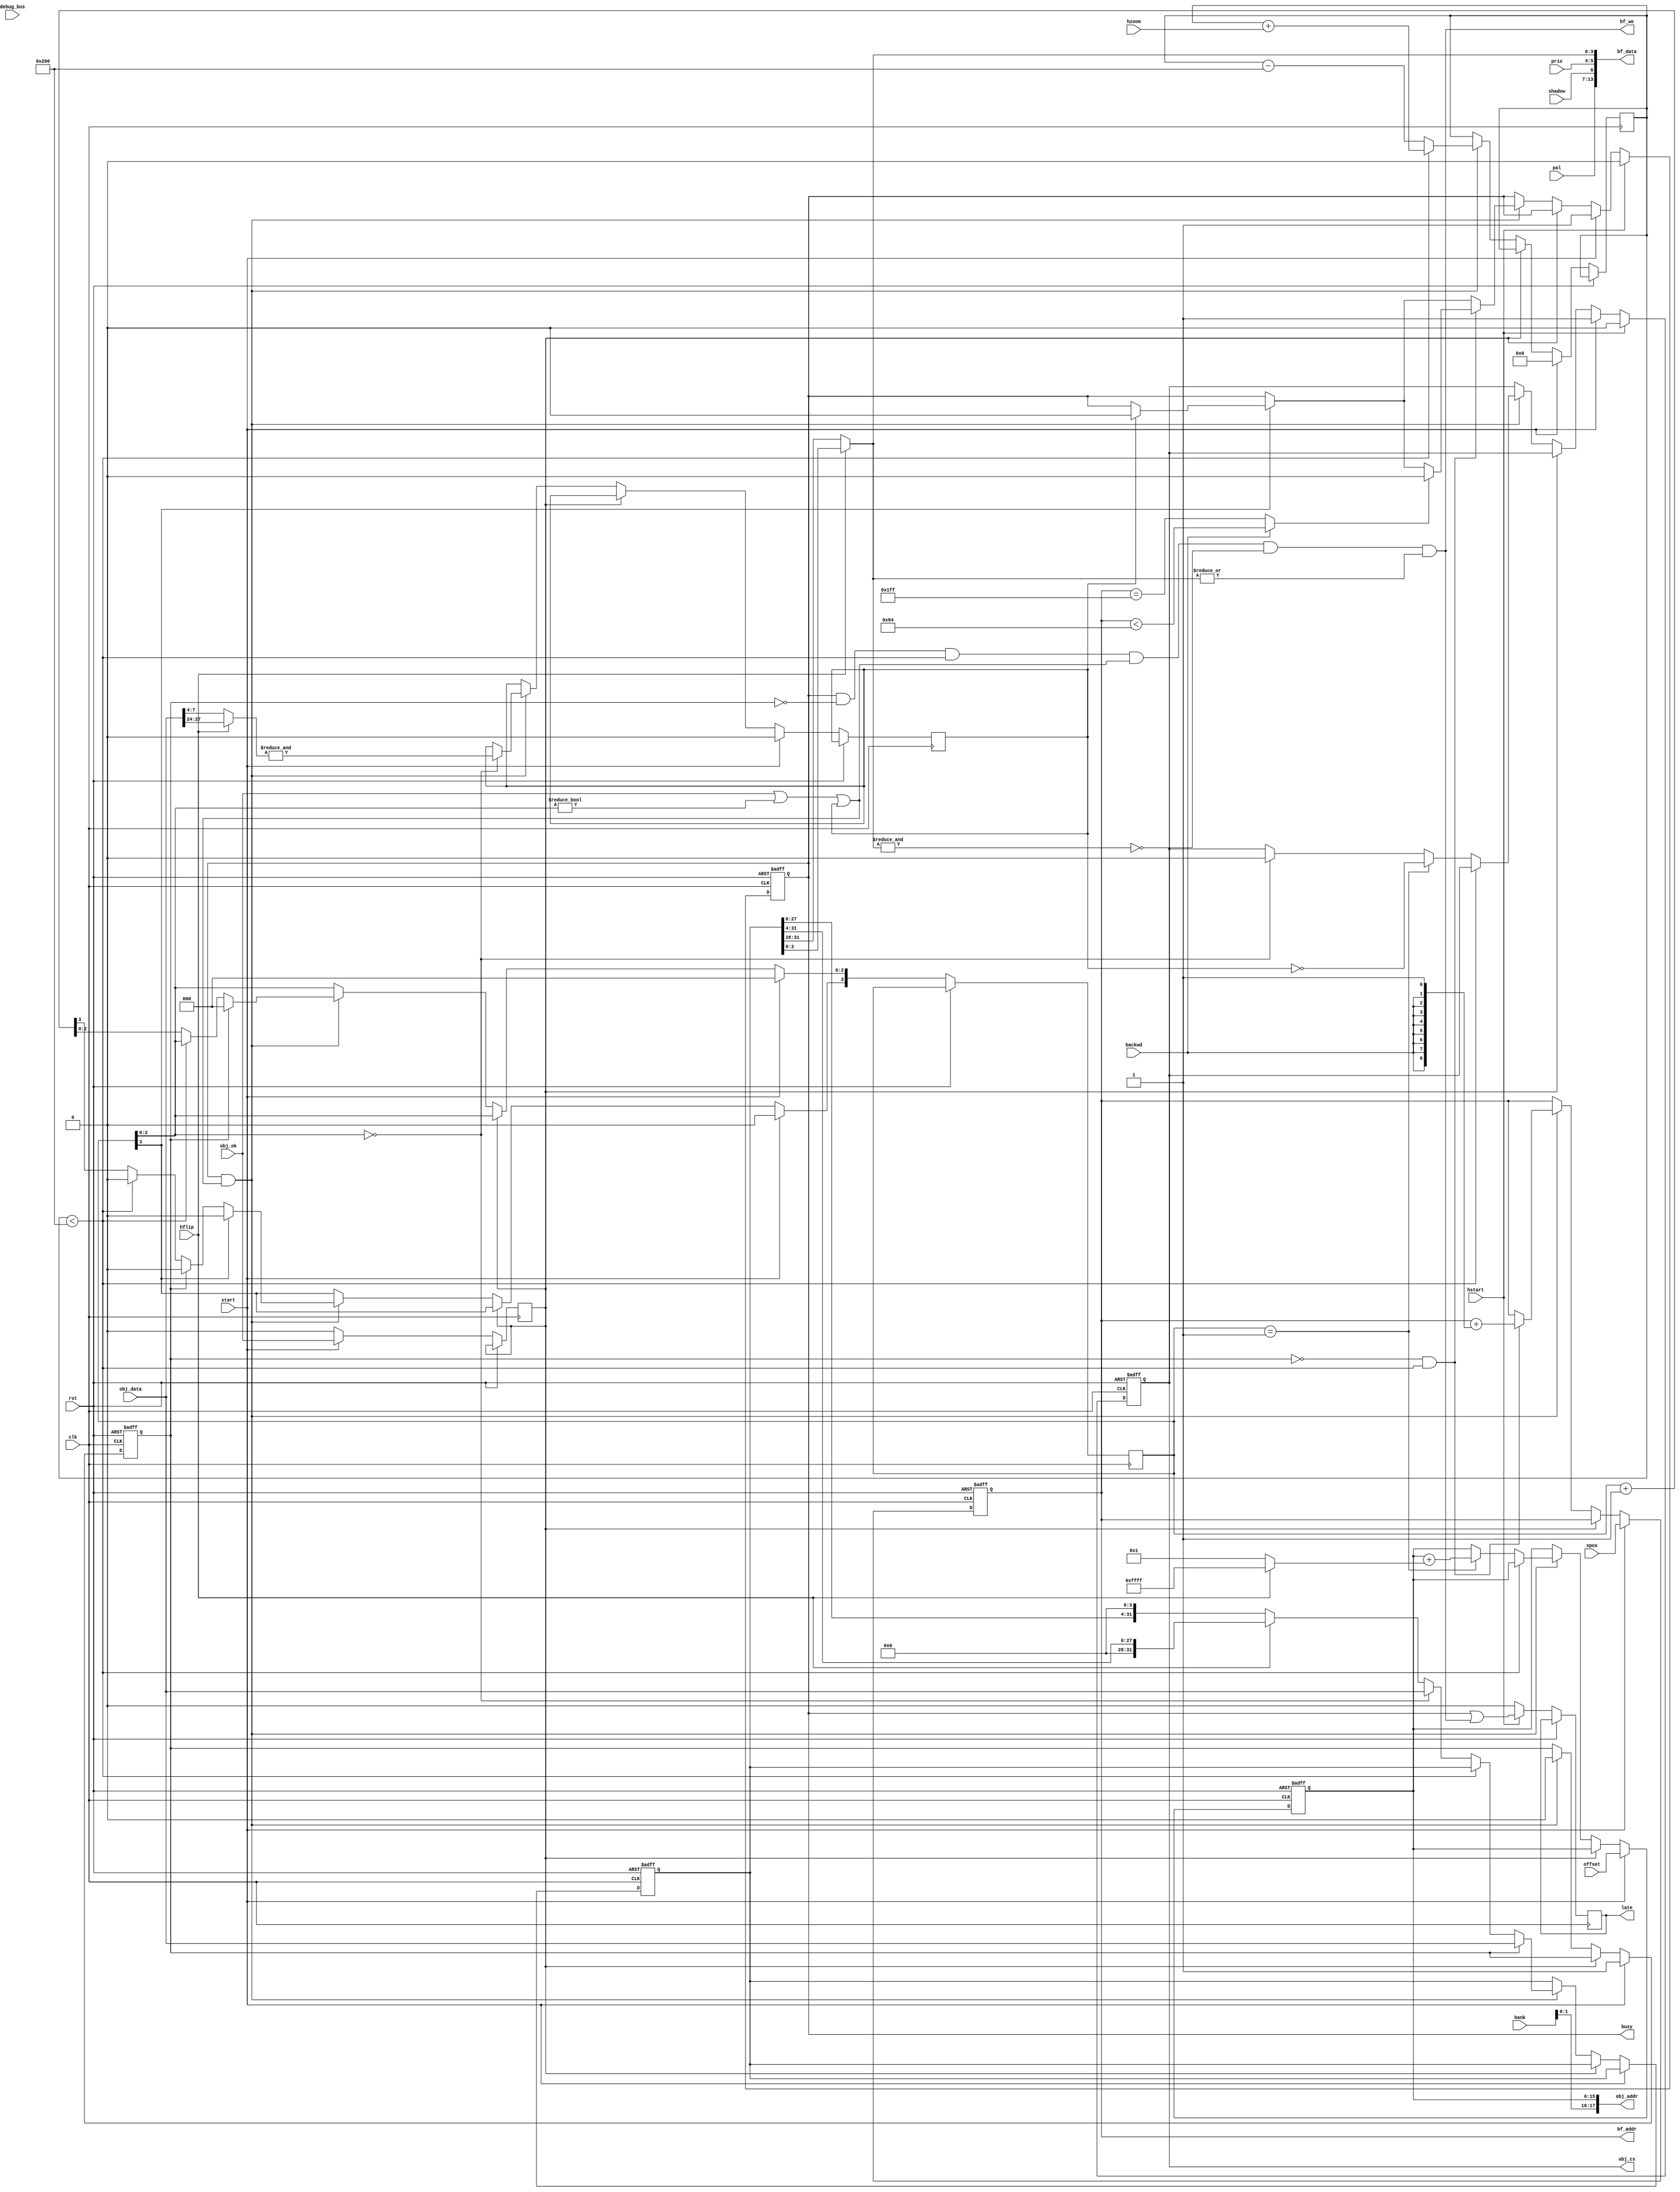
// This program was cloned from: https://github.com/jotego/jtcores
// License: GNU General Public License v3.0

/*  This file is part of JTCORES.
    JTCORES program is free software: you can redistribute it and/or modify
    it under the terms of the GNU General Public License as published by
    the Free Software Foundation, either version 3 of the License, or
    (at your option) any later version.

    JTCORES program is distributed in the hope that it will be useful,
    but WITHOUT ANY WARRANTY; without even the implied warranty of
    MERCHANTABILITY or FITNESS FOR A PARTICULAR PURPOSE.  See the
    GNU General Public License for more details.

    You should have received a copy of the GNU General Public License
    along with JTCORES.  If not, see <http://www.gnu.org/licenses/>.

    Author: Jose Tejada Gomez. Twitter: @topapate
    Version: 1.0
    Date: 15-10-2022 */

module jtoutrun_obj_draw(
    input              rst,
    input              clk,
    input              hstart,
    // From scan
    input              start,
    output reg         busy,
    input      [ 8:0]  xpos,
    input      [15:0]  offset,  // MSB is also used as the flip bit
    input      [ 2:0]  bank,
    input      [ 1:0]  prio,
    input              shadow,
    input      [ 6:0]  pal,
    input      [ 9:0]  hzoom,
    input              hflip,
    input              backwd,

    // SDRAM interface
    input              obj_ok,
    output reg         obj_cs,
    output     [19:2]  obj_addr, // All games have 1MB max ROM for objects
    input      [31:0]  obj_data,

    // Buffer
    output     [13:0]  bf_data,
    output             bf_we,
    output reg [ 8:0]  bf_addr,

    input      [ 7:0]  debug_bus,
    output reg         late
);

reg  [31:0] pxl_data;
reg  [15:0] cur;
reg  [ 3:0] cnt;
reg         first, halted, last_data;
wire [ 3:0] cur_pxl; // , nxt_pxl;
reg  [12:0] hzacc, nx_hzacc;
reg         count_up, draw;
wire        data_ok;

assign cur_pxl  = hflip ? pxl_data[3:0] : pxl_data[31-:4];
// assign nxt_pxl  = hflip ? pxl_data[7:4] : pxl_data[(31-4)-:4];
assign obj_addr = { bank[1:0], cur };
assign bf_data  = { pal, shadow, prio, cur_pxl }; // 14 bits,

assign bf_we   = busy & ~first & draw & data_ok & ~&cur_pxl // color 15 used to set sprite limits
    & (|cur_pxl); // color 0 used as transparent
assign data_ok = obj_ok || cnt[2:0]!=0 || last_data;

// Sprite scaling
always @(hzacc,hzoom) begin
    count_up = 0;
    draw  = hzacc < 13'h200;
    nx_hzacc = hzacc;
    if( draw ) begin
        nx_hzacc = hzacc + {2'd0,hzoom};
    end
    else begin
        count_up = 1;
        nx_hzacc = hzacc - 13'h200;
    end
end

integer ticks;

always @(posedge clk, posedge rst) begin
    if( rst ) begin
        busy     <= 0;
        obj_cs   <= 0;
        cur      <= 0;
        bf_addr  <= 0;
        first    <= 0;
        pxl_data <= 0;
    end else begin
        late   <= 0;
        halted <= 0;
        if( start ) begin
            cur      <= offset;
            obj_cs   <= 1;
            halted   <= obj_ok;
            first    <= 1;
            busy     <= 1;
            cnt      <= 0;
            bf_addr  <= xpos;
            hzacc    <= 0;
            last_data<= 0;
`ifdef SIMULATION
            ticks <= 0;
            if( busy || bf_we ) begin
                $display("Assertion failed: obj draw start requested while busy");
                $finish;
            end
`endif
        end else if(!halted) begin
            if( busy && data_ok ) begin
                if( cnt[2:0]==0 ) begin
                    last_data <= &(hflip ? obj_data[27-:4] : obj_data[7:4]);
                end
                hzacc <= nx_hzacc;
                if( count_up ) begin
                    if( cnt[2:0]==0 ) obj_cs <= 0;
                    if( cnt==1 ) begin // request the next 8 pixels from the SDRAM
                        cur    <= cur + (hflip ? -16'd1 : 16'd1);
                        obj_cs <= ~last_data;
                    end
                    cnt <= first ? 4'd0 : cnt + 1'b1;
                    pxl_data <= cnt[2:0]==0 ? obj_data :
                                      hflip ? pxl_data>>4 : pxl_data<<4;
                end
                if( first ) begin
                    pxl_data <= obj_data;
                    cnt      <= 0;
                    first    <= 0;
                end
                if( cnt[3] ) begin
                    cnt[3]   <= 0;
                    if( last_data ) begin
                        busy <= 0;  // done
                        // $display("\tdrawing for %d ticks",ticks);
                    end
                end
                if( !first && draw ) begin
                    bf_addr <= bf_addr + { {8{backwd}}, 1'd1 }; // if backwd, then -1; else +1
                    if( backwd ? bf_addr<9'h94 : bf_addr==9'h1ff ) begin // Do not draw past the limits
                        busy  <= 0;
                    end
                end
            end
            ticks <= ticks+1;
        end
        if( hstart ) begin
            busy   <= 0;
            obj_cs <= 0;
            late   <= busy | bf_we;
        end
    end
end

endmodule